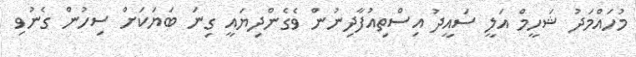
މުހައްމަދު ޝަހީމް އަލީ ސައީދު އިސްތިއުފާދިނުން ވެގެންދިޔައީ ގިނަ ބަޔަކަށް ސިހުން ގެނުވި